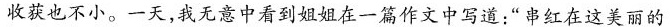
收获也不小。一天，我无意中看到姐姐在一篇作文中写道：”串红在这美丽的